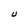
Character: U